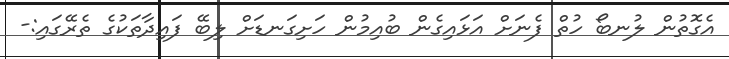
އެގޮތުން ލުނބޯ ހުތް ފެނަށް އަޅައިގެން ބުއިމުން ހަށިގަނޑަށް ލިބޭ ފައިދާތަކުގެ ތެރޭގައި:-